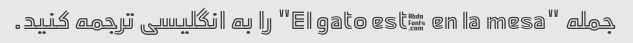
جمله "El gato está en la mesa" را به انگلیسی ترجمه کنید.